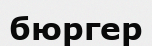
бюргер